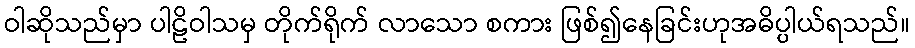
ဝါဆိုသည်မှာ ပါဠိဝါသမှ တိုက်ရိုက် လာသော စကား ဖြစ်၍နေခြင်းဟုအဓိပ္ပါယ်ရသည်။